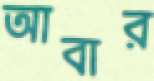
আবার